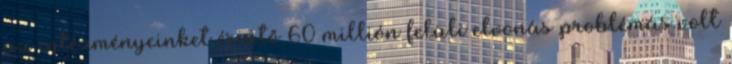
az intézményeinket érintő 60 millión felüli elvonás problémás volt